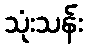
သုံးသန်း